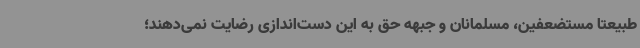
طبیعتاً مستضعفین، مسلمانان و جبهه حق به این دست‌اندازی رضایت نمی‌دهند؛